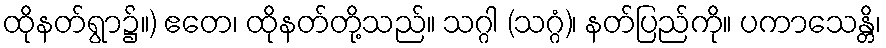
ထိုနတ်ရွာ၌။) ဧတေ၊ ထိုနတ်တို့သည်။ သဂ္ဂါ (သဂ္ဂံ)၊ နတ်ပြည်ကို။ ပကာသေန္တိ၊